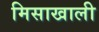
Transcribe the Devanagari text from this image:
मिसाखाली